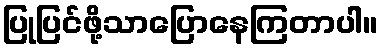
ပြုပြင်ဖို့သာပြောနေကြတာပါ။